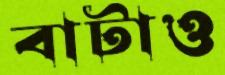
বাটাও